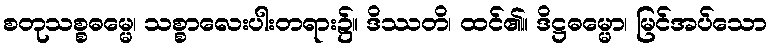
စတုသစ္စဓမ္မေ၊ သစ္စာလေးပါးတရား၌။ ဒိဿတိ၊ ထင်၏။ ဒိဋ္ဌဓမ္မော၊ မြင်အပ်သော